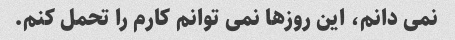
نمی دانم، این روزها نمی توانم کارم را تحمل کنم.